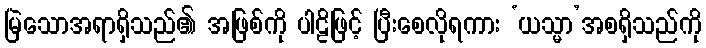
မြဲသောအရာရှိသည်၏ အဖြစ်ကို ပါဠိဖြင့် ပြီးစေလိုရကား ‘ယသ္မာ’အစရှိသည်ကို